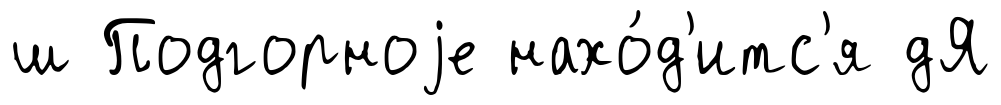
ш Подгорноjе нахо́д'итс'я дЯ